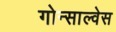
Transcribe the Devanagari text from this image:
गोन्साल्वेस